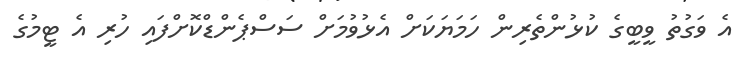
އެ ވަގުތު ވީބީގެ ކުޅުންތެރިން ހަމަޔަކަށް އެޅުވުމަށް ސަސްޕެންޑްކޮށްފައި ހުރި އެ ޓީމުގެ